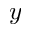
y